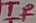
Text: TR